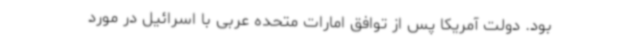
بود. دولت آمریکا پس از توافق امارات متحده عربی با اسرائیل در مورد